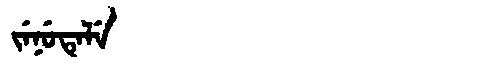
Manchu: ᠵᡝᠨᡠᡨᡝᠯᡝ
Romanization: JENUTELE